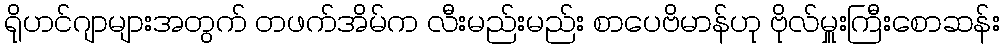
ရိုဟင်ဂျာများအတွက် တဖက်အိမ်က လီးမည်းမည်း စာပေဗိမာန်ဟု ဗိုလ်မှူးကြီးစောဆန်း